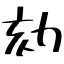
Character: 劾